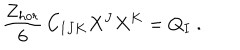
{ \frac { Z _ { h o r } } { 6 } } \, C _ { I J K } X ^ { J } X ^ { K } = Q _ { I } \ .